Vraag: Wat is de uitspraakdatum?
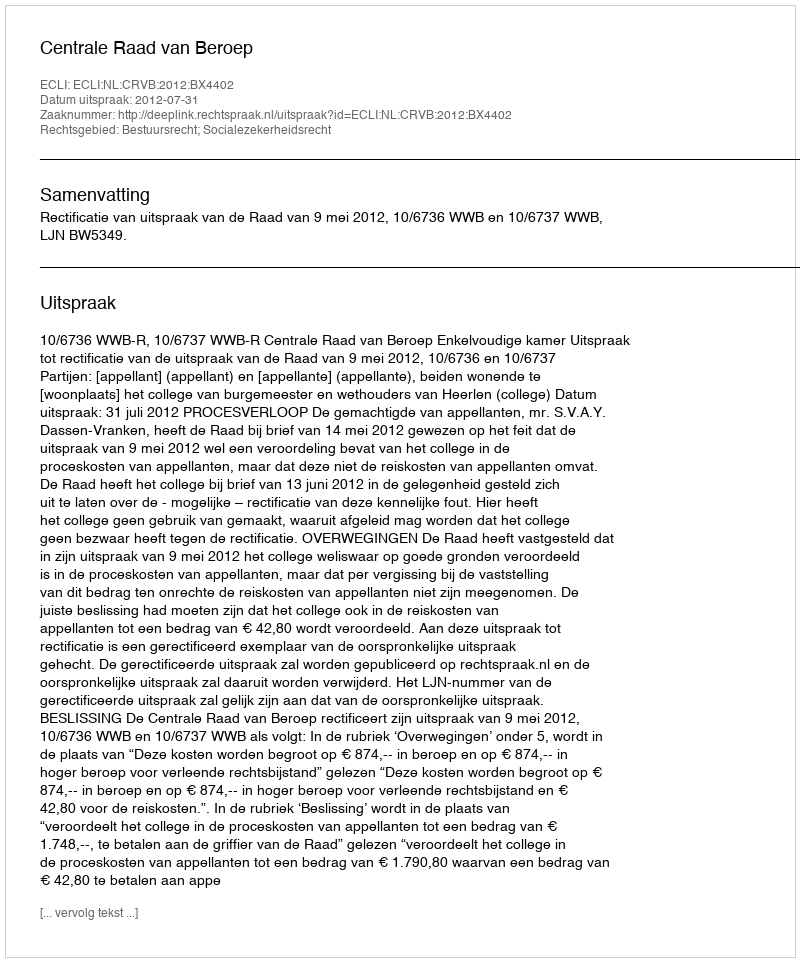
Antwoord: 2012-07-31